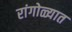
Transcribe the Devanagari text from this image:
रांगोळ्यात